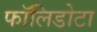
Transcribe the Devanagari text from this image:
फॉलिडोटा